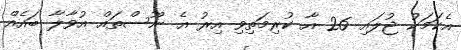
އެކަމަކު ޖުލައި 26 އާ ކުރިމަތިވި އިރު އެ ނޫސްތައް އުވާލާ ބައެއް